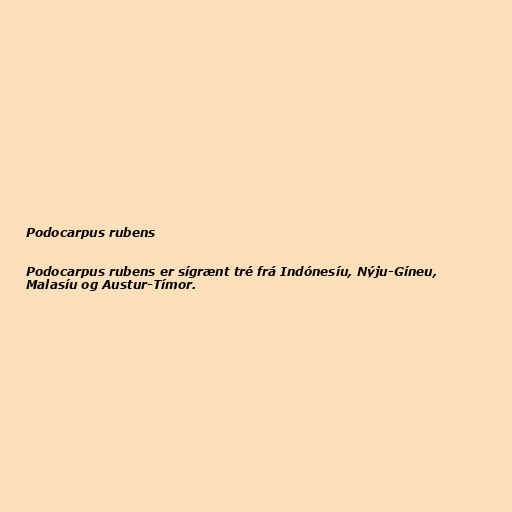
Podocarpus rubens

Podocarpus rubens er sígrænt tré frá Indónesíu, Nýju-Gíneu,
Malasíu og Austur-Tímor.